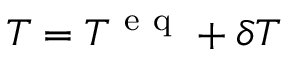
T = T ^ { \mathrm { ~ e ~ q ~ } } + \delta T